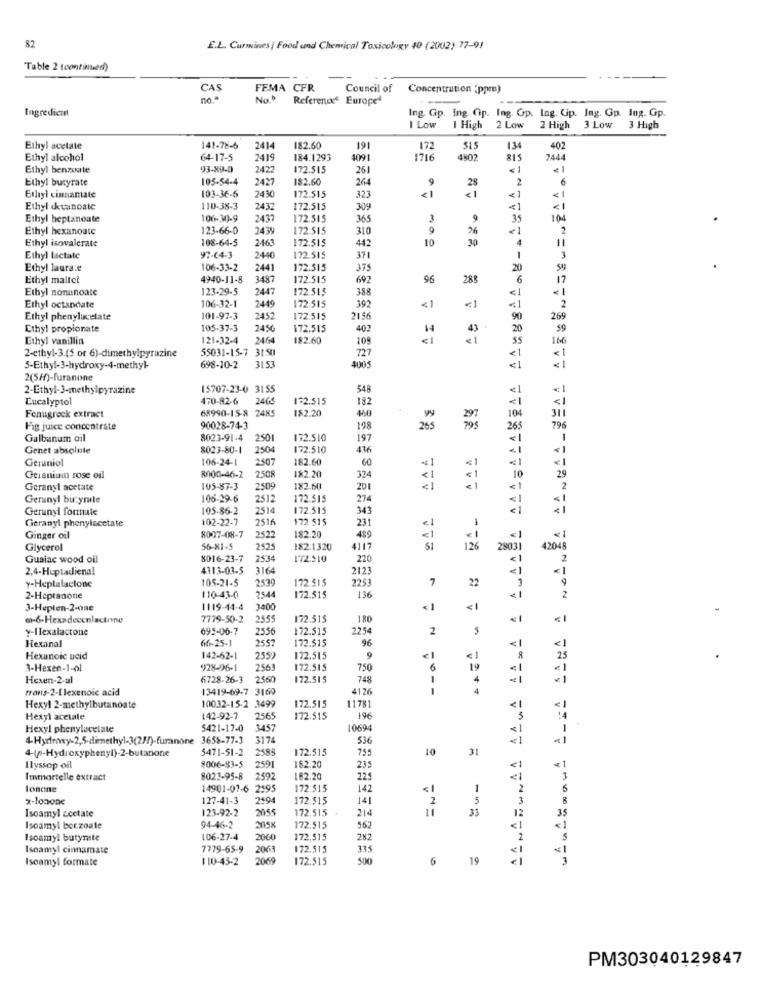
82
E.L. Curmines | Food und Chemical Toxicology 40 (2002) 77-91
Table 2 (continued)
CAS
FEMA
CFR
Council of
Concentration (ppm)
no."
No.
Reference Europed
Ingredient
Ing. Gp. Ing. Cip. Ing. Gip. Ing. Cip. Ing. Gp. Ing. Gp.
I Low
I High
2 Low
2 High 3 Low 3 High
Ethyl acetate
141-78-5
2414
182.60
191
172
515
134
402
Ethyl alcohol
64-17-5
2419
184.1293
4091
1716
4802
815
7444
Ethyl benzoate
93.89-0
2422
172.515
261
€ 1
Ethyl butyrate
105-54-4
2427
182.60
264
2
2430
9
28
Ethyl cinnamate
103-36-6
172.515
323
< 1
<1
Ethyl cheanoate
110-38-3
2432
172.515
309
<1
Ethyl heptanoate
106-30-9
437
172.515
365
3
9
35
104
Ethyl hexanoate
123-66-0
2439
172.515
310
26
2
Ethyl isovalerate
108-64-5
2.463
172.515
442
30
11
Ethyl lactate
97-64-3
2440
172.515
371
1
3
Ethyl laura:e
106-33-2
2441
172.515
375
SANABONAA ALMA AALA A ANAALA AAASALAERAA AAGUSAL.
20
Ethyl maltel
4940-11-8
3487
172.515
692
96
28!
6
17
Ethyl nonunoate
123-29-5
2447
172.515
388
<1
106-32-1
2449
392
Ethyl octandate
172.515
< 1
2
Ethyl phenylacetate
101-97-3
2452
172.515
2156
90
269
Ethyl propionate
105-37-3
246
172.515
402
43
20
59
Ethyl vanillin
121-32-4
2464
182.60
108
<1
166
55031-15-7 31.50
727
2-ethyl-3.(5 or 6)-dimethylpyrazine
<1
5-Ethyl-3-hydroxy-4-methyl-
698-10-2
3153
4005
<1
2(5H)-furanone
2-Ethyl-3-methylpyrazine
15707-23-0 3155
548
Cucalyptol
470-82-6
2465
132.515
182
<1
68990-15-8 2485
182.20
100
311
Fenugreck extract
Fig juice concentrate
90028-74-3
198
265
796
Gulbunum oil
8023-91-4
2501
172.510
197
1
Genet absolute
8023-80-1
2504
172.510
436
<1
Geraniol
106-24-1
2507
182.60
60
182 20
324
Geranium rose oil
8000-46-2
2508
= 1
10
29
Geranyl acetate
105-87-3
2509
182.60
201
< 1
2
Geranyl butymale
106-29-6
2512
172.515
274
<
Gerunyl formate
105-86-2
2514
172.515
343
Geranyl phenylacetate
102-22-7
2516
172. 515
231
<1
Ginger oil
8007-08-7
2522
182.20
489
< 1
<1
Glycerol
56-X1-S
2525
182.1320
4117
51
126
28031
42048
Guaiac wood oil
8016-23-7
2534
172.510
220
2
2,4-Heptadienal
4313-03-5
3164
2123
-
105-21-5
2539
172.515
2253
7
y-Heplalactone
22
2-Heptanone
110-43-0
2544
172.515
136
2
3-Heplen-2-one
1119-14-4
3400
60-6-Hexadeeenlactone
7779-50-2
2555
172.515
180
y-IIexalactone
695-06-7
2556
72.515
2254
2
Hexanal
66-25-1
2557
172.515
96
<1
Hexancic ucid
142-62-1
2552
172.515
25
3-Hexen-1-ol
928-96-1
2563
172.515
750
6
19
€1
Hexen-2-al
6728-26-3
2560
172.515
748
1
frans-2-Llexenoic acid
13419-69-7 3169
4126
172.515
11781
Hexyl 2-methylbutanoate
10032-15-2 3499
<1
Hexyl acetate
142-92-7
2565
172.515
196
Hexyl phenylucelate
5421-17-0
3457
10694
1
3658-77-3
3174
536
4-(p-Hydroxyphenyl)-2-butanone
5471-51-2
2583
172.515
755
10
31
8006-53-5
* 1
Ilyssop oil
2591
182.20
235
Immortelle extract
8023-95-8
2592
182.20
225
3
londine
14901-07-6 2395
172.515
142
1
x-lonone
127-41-3
259€
172.515
141
2
5
Isoamyl acetate
123-92-2
2055
172.515
214
12
35
33
Isoamyl berzoate
94-46-2
172.515
562
< 1
Isoamyl butymte
106-27-4
2060
172.515
282
Isoamyl cinnamate
7779-65-9
2063
172.515
335
Iscamy! formate
110-45-2
2060
172.515
6
19
--
PM303040129847